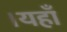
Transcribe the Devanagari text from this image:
।यहाँ